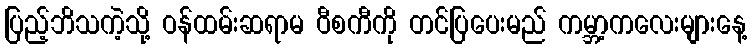
ပြည့်ဘိသကဲ့သို့ ဝန်ထမ်းဆရာမ ဝီစကီကို တင်ပြပေးမည် ကမ္ဘာ့ကလေးများနေ့